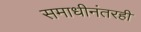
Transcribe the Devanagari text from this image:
समाधीनंतरही